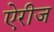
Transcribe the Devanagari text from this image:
ऐरीज